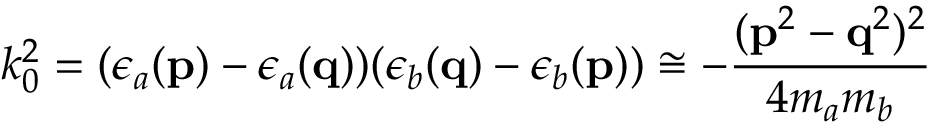
k _ { 0 } ^ { 2 } = ( \epsilon _ { a } ( { \bf p } ) - \epsilon _ { a } ( { \bf q } ) ) ( \epsilon _ { b } ( { \bf q } ) - \epsilon _ { b } ( { \bf p } ) ) \cong - \frac { ( { \bf p } ^ { 2 } - { \bf q } ^ { 2 } ) ^ { 2 } } { 4 m _ { a } m _ { b } }